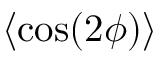
\langle \cos ( 2 \phi ) \rangle